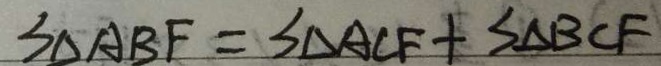
S _ { \Delta A B F } = S _ { \Delta A C F } + S _ { \Delta B C F }